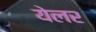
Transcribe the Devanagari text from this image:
येलर